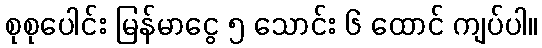
စုစုပေါင်း မြန်မာငွေ ၅ သောင်း ၆ ထောင် ကျပ်ပါ။